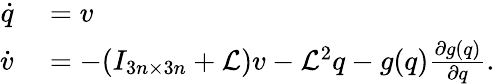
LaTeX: \begin{array}{rl}{\dot{q}}&{{}=v}\\ {\dot{v}}&{{}=-(I_{3n\times 3n}+\mathcal{L})v-\mathcal{L}^{2}q-g(q)\frac{\partial g(q)}{\partial q}.}\end{array}